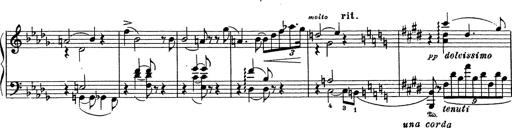
Title: Grosses Konzertsolo
Composer: Franz Liszt